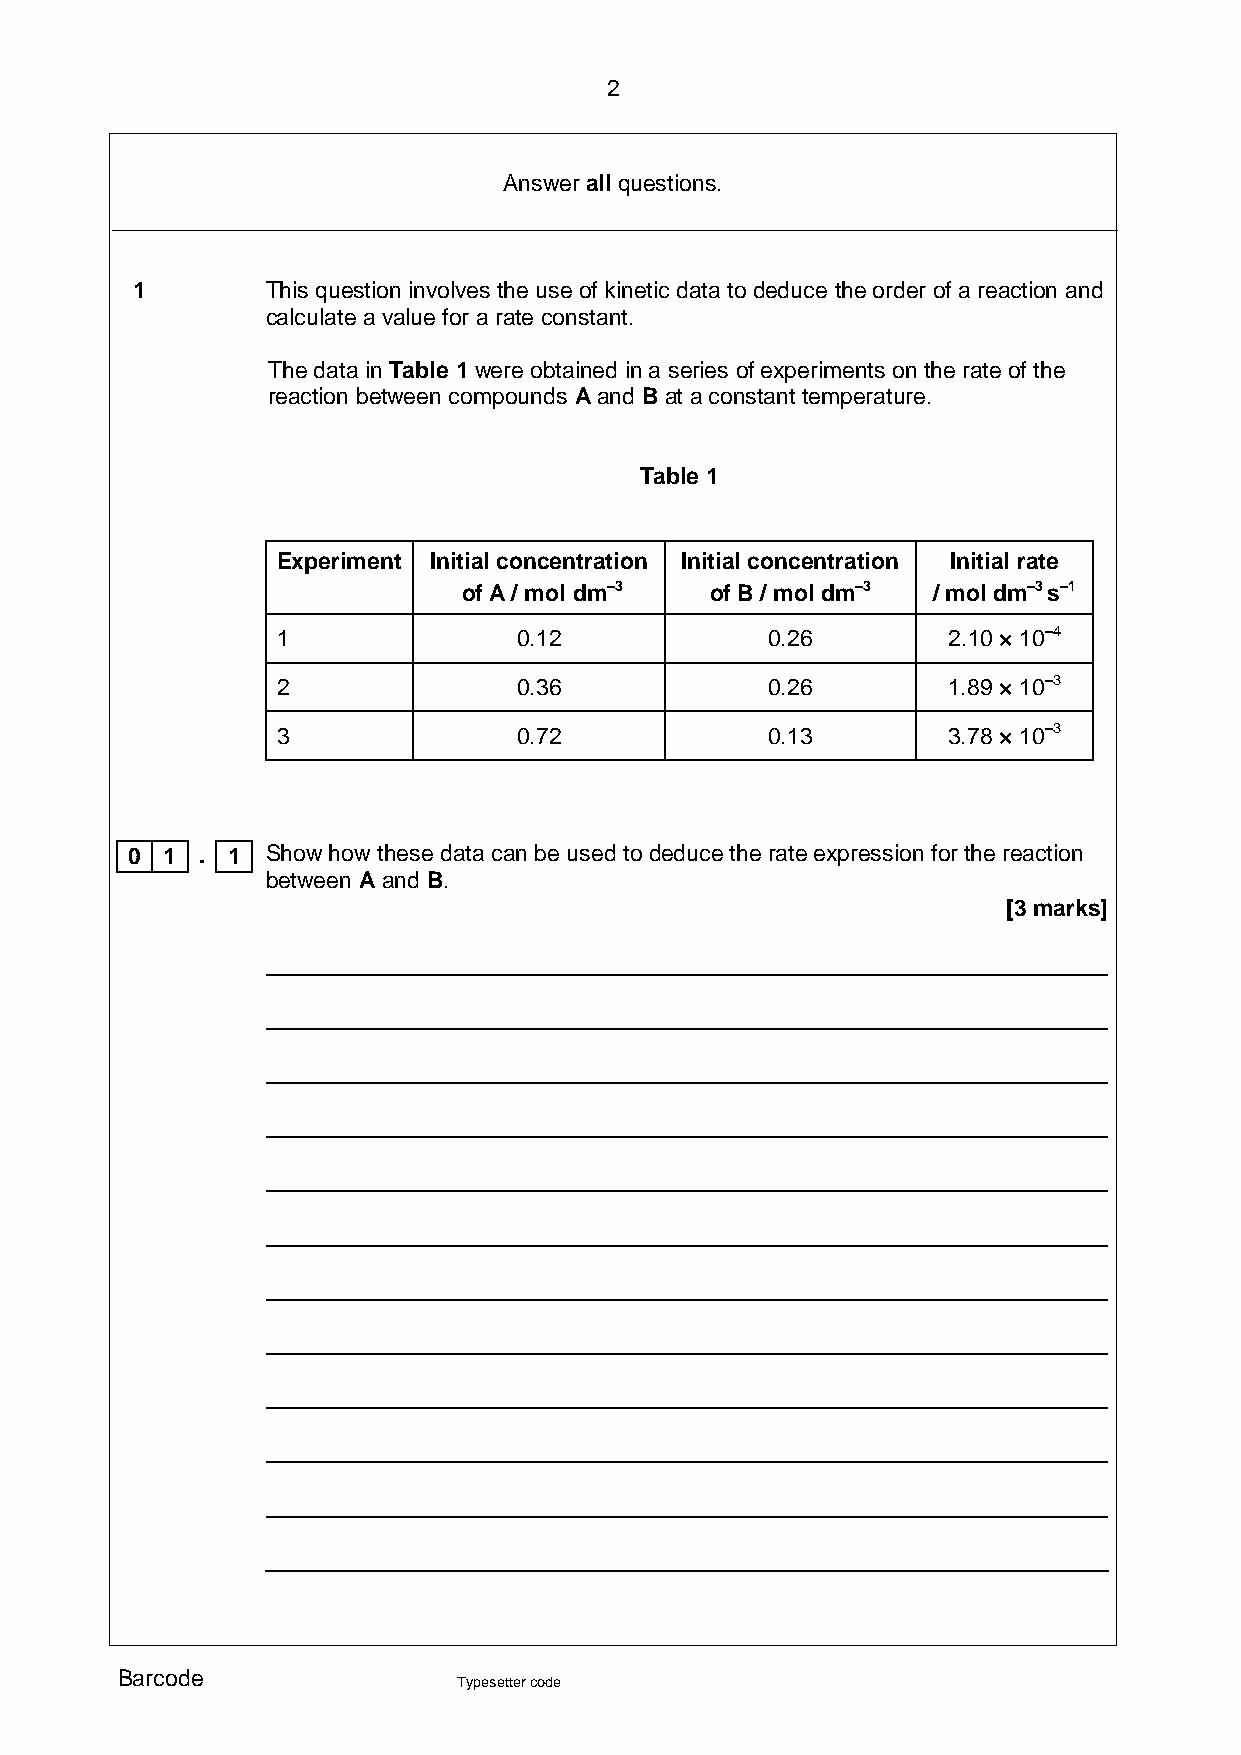
2
 Answer all questions.
 1        This question involves the use of kinetic data to deduce the order of a reaction and
 calculate a value for a rate constant.
 The data in Table 1 were obtained in a series of experiments on the rate of the
 reaction between compounds A and B at a constant temperature.
 Table 1
 Experiment Initial concentration Initial concentration Initial rate
 of A / mol dm–3 of B / mol dm–3 / mol dm–3 s–1
 1               0.12             0.26        2.10 × 10–4
 2               0.36             0.26        1.89 × 10–3
 3               0.72             0.13        3.78 × 10–3
 0  1 . 1  Show how these data can be used to deduce the rate expression for the reaction
 between A and B.
 [3 marks]
 Barcode
 Typesetter code